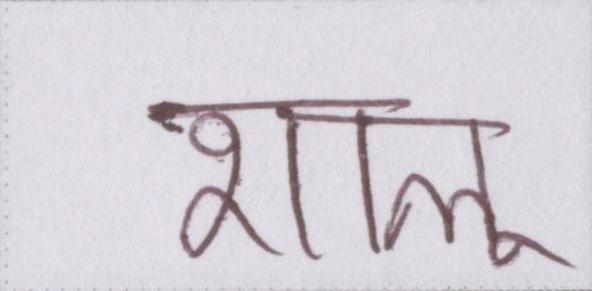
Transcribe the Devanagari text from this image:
शालू